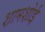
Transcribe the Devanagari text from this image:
शामशोई